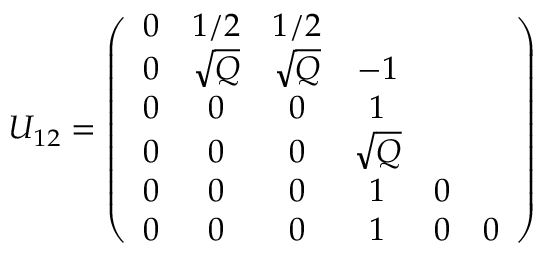
U _ { 1 2 } = \left( \begin{array} { c c c c c c c } { { 0 } } & { { 1 / 2 } } & { { 1 / 2 } } \\ { { 0 } } & { { \sqrt { Q } } } & { { \sqrt { Q } } } & { { - 1 } } \\ { { 0 } } & { { 0 } } & { { 0 } } & { { 1 } } \\ { { 0 } } & { { 0 } } & { { 0 } } & { { \sqrt { Q } } } & { { } } \\ { { 0 } } & { { 0 } } & { { 0 } } & { { 1 } } & { { 0 } } \\ { { 0 } } & { { 0 } } & { { 0 } } & { { 1 } } & { { 0 } } & { { 0 } } \end{array} \right)